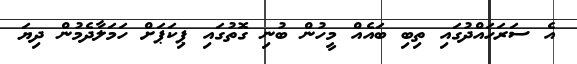
އެ ސަރަހައްދުގައި ތިބި ބައެއް މީހުން ބުނި ގޮތުގައި ޕިކަޕަށް ހަމަލާދެމުން ދިޔަ